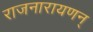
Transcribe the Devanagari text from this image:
राजनारायणन्